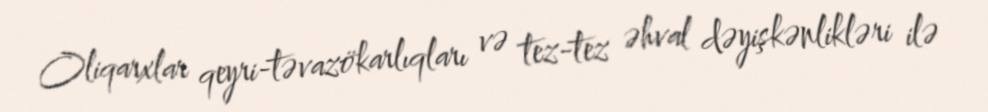
Oliqarxlar qeyri-təvazökarlıqları və tez-tez əhval dəyişkənlikləri ilə